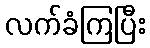
လက်ခံကြပြီး